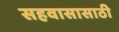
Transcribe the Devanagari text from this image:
सहवासासाठी